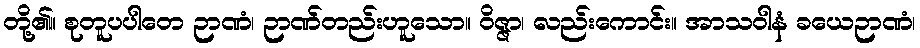
တို့၏။ စုတူပပါတေ ဉာဏံ၊ ဉာဏ်တည်းဟူသော။ ဝိဇ္ဇာ၊ လည်းကောင်း။ အာသဝါနံ ခယေဉာဏံ၊